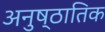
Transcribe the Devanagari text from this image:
अनुष्ठातिक